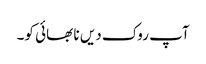
آپ روک دیں نا بھائی کو۔